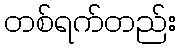
တစ်ရက်တည်း